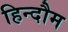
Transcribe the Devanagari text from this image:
हिन्दौम